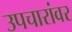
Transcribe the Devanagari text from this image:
उपचारांवर